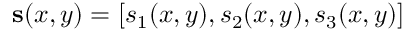
\mathbf { s } ( x , y ) = [ s _ { 1 } ( x , y ) , s _ { 2 } ( x , y ) , s _ { 3 } ( x , y ) ]